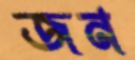
জন